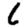
Digit: 6